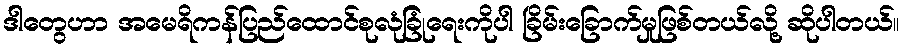
ဒါတွေဟာ အမေရိကန်ပြည်ထောင်စုလုံခြုံရေးကိုပါ ခြိမ်းခြောက်မှုဖြစ်တယ်လို့ ဆိုပါတယ်။